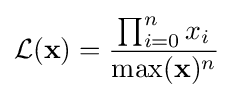
{\mathcal {L}}(\mathbf {x} )={\frac {\prod _{i=0}^{n}x_{i}}{\max(\mathbf {x} )^{n}}}